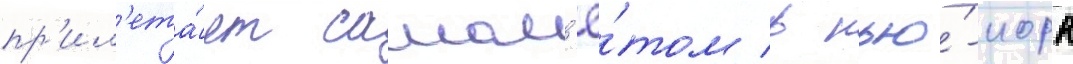
пр'ил'ета́ет самол'ё́том в нью́-иорк